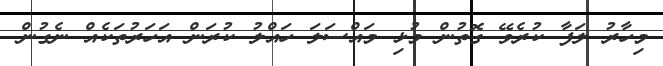
މިހާރު ލަފާ ކުރެވޭ ގޮތުން މުޅި މައްސަލަ ހައްލު ކުރަން އަހަރުތަކެއް ނެގުން